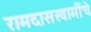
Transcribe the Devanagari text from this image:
रामदासस्वामींचे